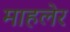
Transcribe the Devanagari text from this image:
माहलेर